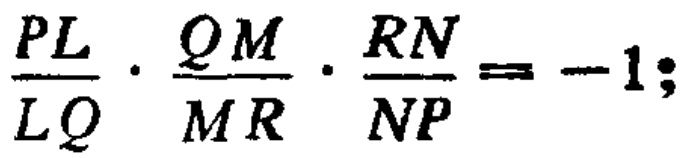
\(\frac{PL}{LQ}\cdot\frac{QM}{MR}\cdot\frac{RN}{NP}=-1;\)